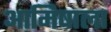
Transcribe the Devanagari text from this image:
आमिषाला